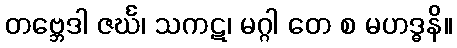
တဗ္ဘေဒါ ဇင်္ဃ၊ သကဋ၊ မဂ္ဂါ တေ စ မဟဒ္ဓနိ။